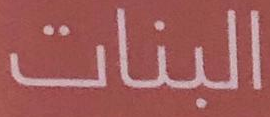
البنات